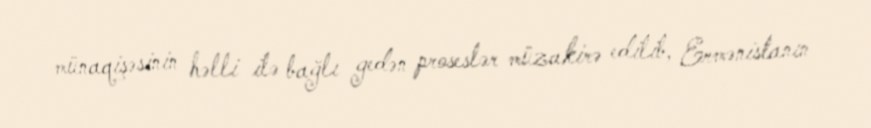
münaqişəsinin həlli ilə bağlı gedən proseslər müzakirə edilib, Ermənistanın